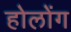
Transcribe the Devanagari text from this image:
होलोंग